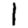
Digit: 1